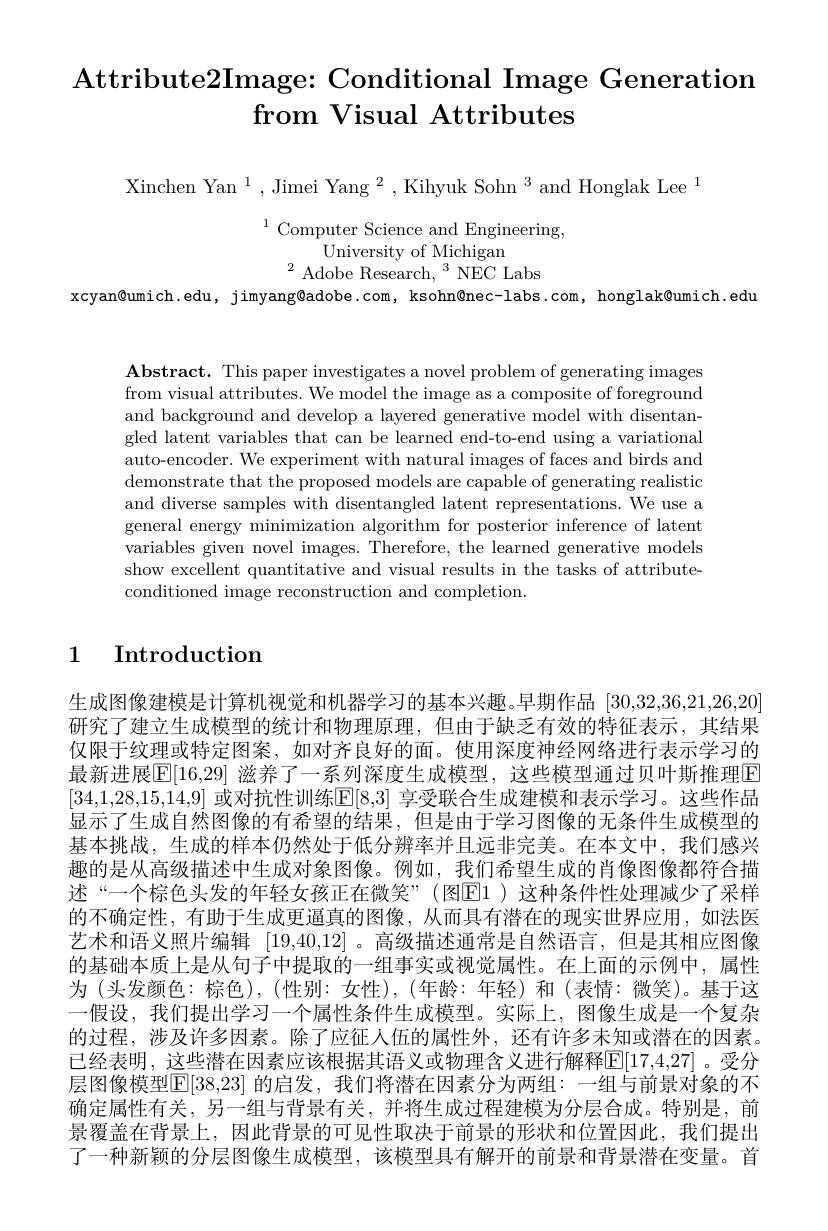
# Attribute2Image: Conditional Image Generation from Visual Attributes

Xinchen Yan$^1,\text{Jimei Yang}^2,\text{Kihyuk Sohn}^3$and Honglak Lee$^1$

$^{1}$Computer Science and Engineering,
University of Michigan
$^{2}{\mathrm{~Adobe~Research,~}^{3}}{\mathrm{~NEC~Labs}}$
xcyan@ umich. edu, jimyang@ adobe. com, ksohn@ nec- labs. com, honglak@ umich. edu

$\mathbf{Abstract.~This~paper~investigates~a~novel~problem~of~generating~images}$ from visual attributes. We model the image as a composite of foreground and background and develop a layered generative model with disentangled latent variables that can be learned end-to-end using a variational auto-encoder. We experiment with natural images of faces and birds and demonstrate that the proposed models are capable of generating realistic and diverse samples with disentangled latent representations. We use a general energy minimization algorithm for posterior inference of latent variables given novel images. Therefore, the learned generative models show excellent quantitative and visual results in the tasks of attributeconditioned image reconstruction and completion.

## 1 Introduction

生成图像建模是计算机视觉和机器学习的基本兴趣。早期作品[30,32,36,21,26,20] 研究了建立生成模型的统计和物理原理，但由于缺乏有效的特征表示，其结果仅限于纹理或特定图案，如对齐良好的面。使用深度神经网络进行表示学习的最新进展$\mathbb{E}[16,29]$ 滋养了一系列深度生成模型，这些模型通过贝叶斯推理E [34,1,28,15,14,9] 或对抗性训练$\mathbb{E}[8,3]$ 享受联合生成建模和表示学习。这些作品显示了生成自然图像的有希望的结果，但是由于学习图像的无条件生成模型的基本挑战，生成的样本仍然处于低分辨率并且远非完美。在本文中，我们感兴趣的是从高级描述中生成对象图像。例如，我们希望生成的肖像图像都符合描述“一个棕色头发的年轻女孩正在微笑”(图E1)这种条件性处理减少了采样的不确定性，有助于生成更逼真的图像，从而具有潜在的现实世界应用，如法医艺术和语义照片编辑[19,40,12] 。高级描述通常是自然语言，但是其相应图像的基础本质上是从句子中提取的一组事实或视觉属性。在上面的示例中，属性为(头发颜色：棕色),(性别：女性),(年龄：年轻)和(表情：微笑)。基于这一假设，我们提出学习一个属性条件生成模型。实际上，图像生成是一个复杂的过程，涉及许多因素。除了应征人伍的属性外，还有许多未知或潜在的因素。已经表明，这些潜在因素应该根据其语义或物理含义进行解释[E[17,4,27]。受分层图像模型|E|38,23| 的启发，我们将潜在因素分为两组：一组与前景对象的不确定属性有关，另一组与背景有关，并将生成过程建模为分层合成。特别是，前景覆盖在背景上，因此背景的可见性取决于前景的形状和位置因此，我们提出了一种新颖的分层图像生成模型，该模型具有解开的前景和背景潜在变量。首